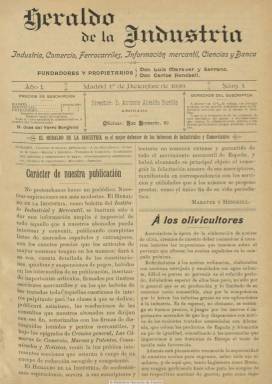
Título: Heraldo de la industria
Colección: Industria || Economía
Ámbito geográfico: Madrid
Lugar de publicación: Madrid
Fechas: 01/12/1899-15/10/1904

Comienza a publicarse el uno de diciembre de 1899, con el subtítulo “industria, comercio, ferrocarriles, información mercantil, ciencias y banca”, como órgano del Instituto Industrial y Mercantil, de Madrid, una agencia que presta servicios de información y representación comercial e industrial, así como de gestión y consulta jurídica empresarial, que llegará a tener sucursales en Londres y Hamburgo. Sus propietarios y fundadores son el abogado Luis Maraver y Serrano y Carlos Henekell, pasando el primero a dirigirlo a partir del segundo número, pues en el primeo aparece como director el también abogado Antonio Alcaide Burillo, y como administrador, José del Yerro Borghini.

Se publica como boletín del citado instituto, con frecuencia quincenal, aunque algunos números serán mensuales, para ofrecer amplia e “imparcial” información a sus abonados sobre constituciones, quiebras y suspensiones de pagos de empresas, listados de los precios de los artículos de consumo en los mercados nacionales y extranjeros, y de marcas y patentes, jurisprudencia y resoluciones a consultas planteadas a letrados y peritos, además de artículos redactados por escritores mercantiles. También ofrece crónicas generales e, incluso, una de espectáculos, y noticias varias; dejando al final una sección de anuncios publicitarios.

Dedica también sus páginas a textos divulgativos sobre agricultura, a tratados de comercio y a actividades de instituciones como las Cámaras de Comercio y las sociedades agropecuarias, o a exposiciones, como la internacional de avicultura. Cuenta también con secciones dedicadas a la minería y a bibliografía. Asimismo, irá insertando en sus páginas algunas fotografías, y editará algún número especial.

A partir del seis de abril de 1901 inicia una segunda época, con el subtítulo “industria, política, ciencias”, alcanzando algunas entregas hasta las 24 páginas, a la vez que va aumentando sus planas dedicadas a la publicidad comercial. El uno de marzo de 1902 pasa a subtitularse “revista quincenal: industria, agricultura y comercio”. Junto a Luis Maraver como director, aparece a partir de aquí como director técnico, Manuel Maraver; redactor jefe, José Doz de la Rosa; secretario de redacción, Alejandro Berenguer Fusté, y administrador, Agustín Luque Maraver. A partir del 15 de octubre de 1903, se indica como responsable de la sección mercantil, al abogado Francisco de Iracheta, y de la información extranjera, a Eduardo Navarro y Sánchez Salvador, oficial del ministerio de Instrucción Pública. Desde entonces el subtítulo es “revista quincenal: industria, agricultura, comercio, navegación”, y sus entregas alcanzarán hasta las 36 páginas, aumentando aún más sus planas de anuncios comerciales, que son impresas en diferentes colores de papel.

Su director será uno de los asiduos autores de sus textos, firmando a veces con sus iniciales (L.M. o L.M.S.), junto a Doz de la Rosa, que se encargará de escribir la crónica quincenal al comienzo de cada número, y Sánchez-Salvador. Junto a ellos aparecen, entre otras, las firmas de Francisco Rivas Moreno, J. Mas y Guindal, A. Valenzuela, E. Sáenz, García Ochando o las iniciales F.C.C. o E.G.M.

En febrero de 1903, había absorbido al periódico de su mismo carácter La España industrial, que, fundado por los citados Manuel Maraver y José Doz, se encontraba en su quinto año de publicación. El último número de Heraldo de la industria en la colección de la Biblioteca Nacional de España corresponde al 15 de octubre de 1904. Este mismo título, con el subtítulo “revista quincenal ilustrada hispano-americana de agricultura, industria, comercio, banca, seguros, ferrocarriles y trabajo nacional”, se publicaba en 1907